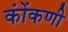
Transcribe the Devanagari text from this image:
कोंंकणी